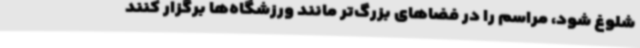
شلوغ شود، مراسم را در فضاهای بزرگ‌تر مانند ورزشگاه‌ها برگزار کنند